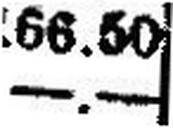
—.—